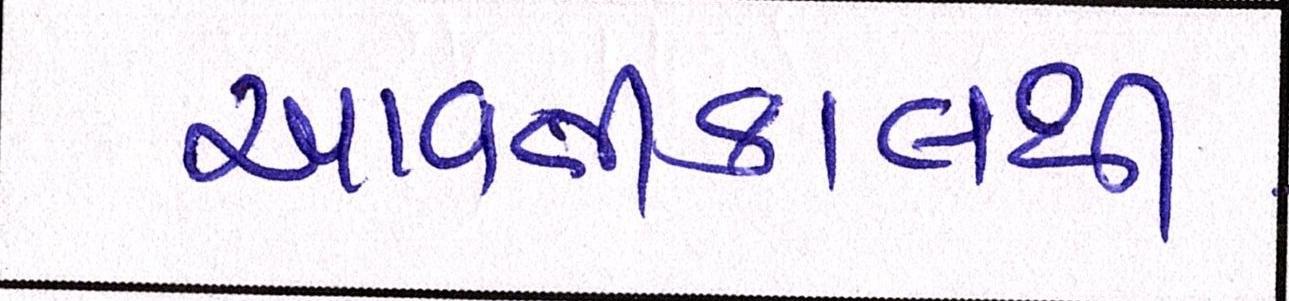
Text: આવતીકાલથી